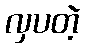
လှပတဲ့